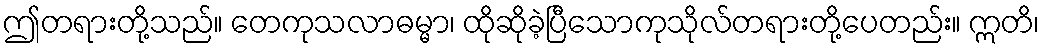
ဤတရားတို့သည်။ တေကုသလာဓမ္မာ၊ ထိုဆိုခဲ့ပြီသောကုသိုလ်တရားတို့ပေတည်း။ ဣတိ၊